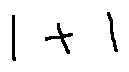
1 + 1